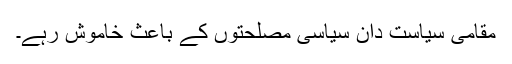
مقامی سیاست دان سیاسی مصلحتوں کے باعث خاموش رہے۔